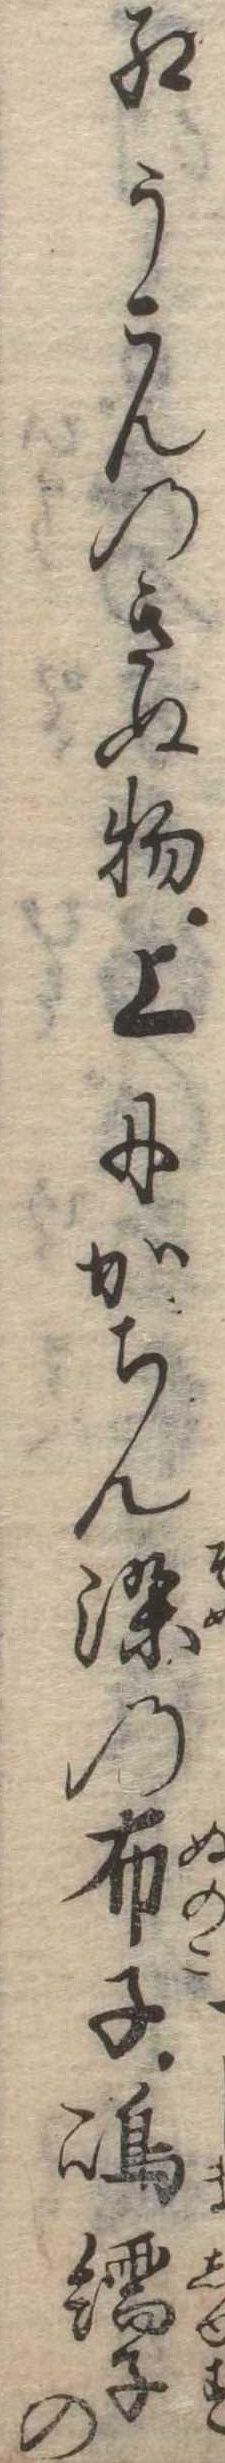
紅うこんのきぬ物上にかちん染の布子島繻子の